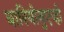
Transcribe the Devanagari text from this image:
बारियोनुएव्हो